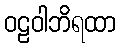
ဝဠဝါဘိရထာ